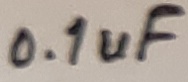
Text: 0.1uF